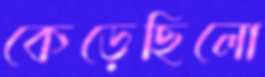
কেড়েছিলো